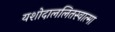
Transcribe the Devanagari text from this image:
यशोदाललितस्वात्मा